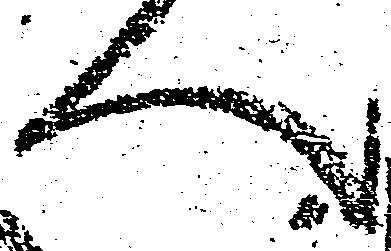
へ